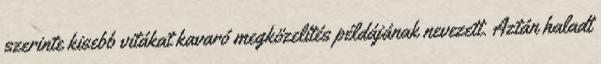
szerinte kisebb vitákat kavaró megközelítés példájának nevezett. Aztán haladt